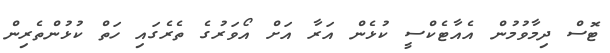
ޓޮސް ދިމާވުމުން އެއާޓެކްސީ ކުޅެން އަރާ އަށް އޯވަރުގެ ތެރެގައި ހަތް ކުޅުންތެރިން